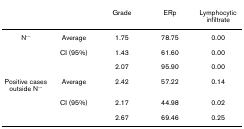
|  |  | Grade | ERp | Lymphocytic infiltrate |
 | --- | --- | --- | --- | --- |
 | N--- | Average | 1.75 | 78.75 | 0.00 |
 |  | CI (95%) | 1.43 | 61.60 | 0.00 |
 |  |  | 2.07 | 95.90 | 0.00 |
 | Positive cases outside N--- | Average | 2.42 | 57.22 | 0.14 |
 |  | CI (95%) | 2.17 | 44.98 | 0.02 |
 |  |  | 2.67 | 69.46 | 0.25 |